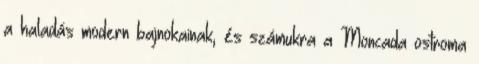
a haladás modern bajnokainak, és számukra a Moncada ostroma